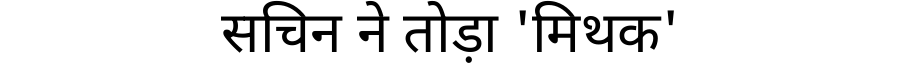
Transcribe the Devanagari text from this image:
सचिन ने तोड़ा 'मिथक'